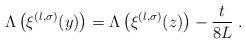
LaTeX: \begin{align*} \Lambda \left( \xi^{(l, \sigma)} (y) \right) = \Lambda \left( \xi^{(l, \sigma)} (z) \right) - \frac{t}{8L} \; . \end{align*}